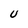
Character: U